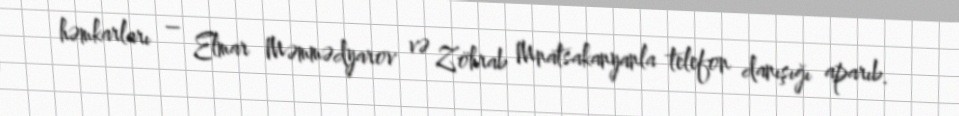
həmkarları – Elmar Məmmədyarov və Zöhrab Mnatsakanyanla telefon danışığı aparıb.